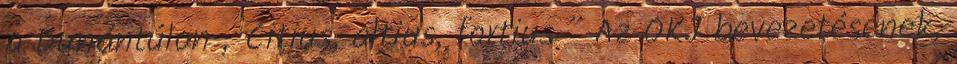
a Dunántúlon „Citius, altius, fortius ” Az OKJ bevezetésének,